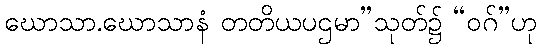
ဃောသာ.ဃောသာနံ တတိယပဌမာ”သုတ်၌ “ဝဂ်”ဟု